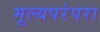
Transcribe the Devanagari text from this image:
मूल्यपरंपरा